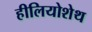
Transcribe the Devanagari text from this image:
हीलियोशेथ